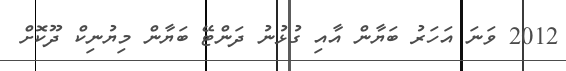
2012 ވަނަ އަހަރު ބަޔާން އާއި ގުޅުނު ދަންޓޭ ބަޔާން މިޔުނިކް ދޫކޮށް